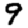
Digit: 9